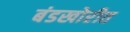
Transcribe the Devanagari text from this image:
बंडखोरीत